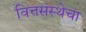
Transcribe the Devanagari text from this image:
वित्तसंस्थेचा